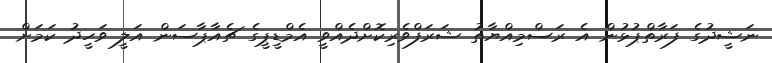
ނަޝީދުގެ ފަރާތްޕުޅުން އެ ރަސްމިއްޔާތު ޝަރަފްވެރިކޮށްދެއްވީ އެމްޑީޕީގެ ޗެއާޕާސަން އަލީ ވަހީދު ކަމަށް